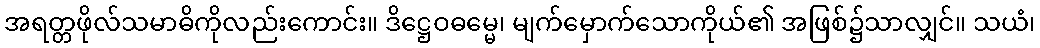
အရတ္တဖိုလ်သမာဓိကိုလည်းကောင်း။ ဒိဋ္ဌေဝဓမ္မေ၊ မျက်မှောက်သောကိုယ်၏ အဖြစ်၌သာလျှင်။ သယံ၊